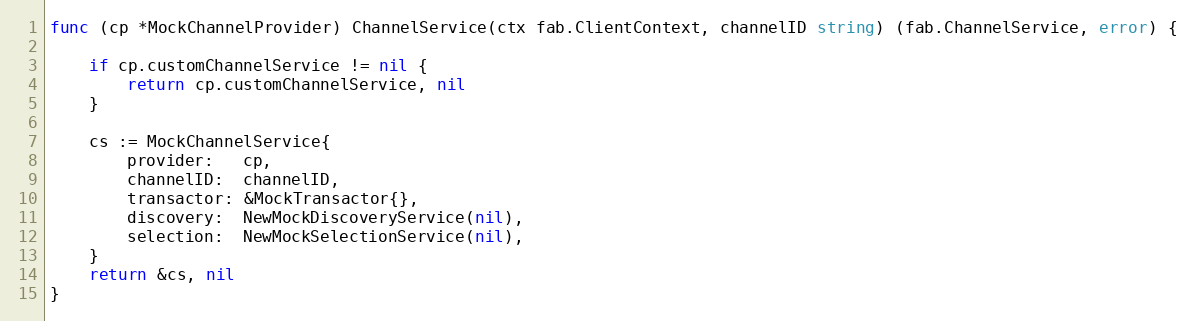
Language: Go
func (cp *MockChannelProvider) ChannelService(ctx fab.ClientContext, channelID string) (fab.ChannelService, error) {

	if cp.customChannelService != nil {
		return cp.customChannelService, nil
	}

	cs := MockChannelService{
		provider:   cp,
		channelID:  channelID,
		transactor: &MockTransactor{},
		discovery:  NewMockDiscoveryService(nil),
		selection:  NewMockSelectionService(nil),
	}
	return &cs, nil
}